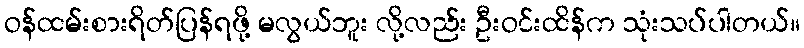
ဝန်ထမ်းစားရိတ်ပြန်ရဖို့ မလွယ်ဘူး လို့လည်း ဦးဝင်းထိန်က သုံးသပ်ပါတယ်။